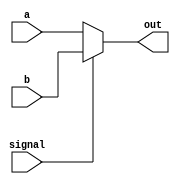
module mux_2(
    input signal,
    input [31: 0] a, b,

    output [31: 0] out
);

assign out = (signal == 0) ? a : b;

endmodule